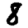
Digit: 8